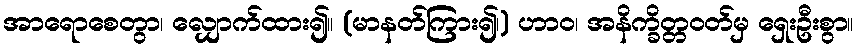
အာရောစေတွာ၊ လျှောက်ထား၍။ (မာနတ်ကြား၍၊) ဟာဝ၊ အနိက္ခိတ္တဝတ်မှ ရှေးဦးစွာ။